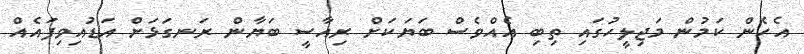
އެހެން ކަމުން މަޖިލީހުގައި ތިބި އެއްވެސް ބަޔަކަށް ރިއާސީ ބަޔާން ރަނގަަޅަށް އަޑުއިވިފައެއް